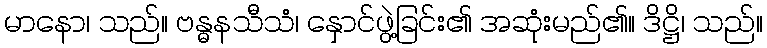
မာနော၊ သည်။ ဗန္ဓနသီသံ၊ နှောင်ဖွဲ့ခြင်း၏ အဆုံးမည်၏။ ဒိဋ္ဌိ၊ သည်။